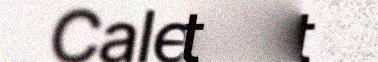
Calestet